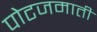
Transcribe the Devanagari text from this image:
पोटजमाती